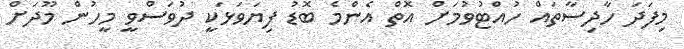
މިފަދަ ހާދިސާތައް ހުއްޓުވުމަށް އޮތް އެންމެ ބޮޑު ފިޔަވަޅަކީ ދުވަސްވީ މީހުން މޫދަށް